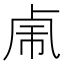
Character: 𰆆